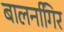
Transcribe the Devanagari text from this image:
बालनगििर